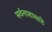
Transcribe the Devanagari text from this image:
सर्वनाशासाठे